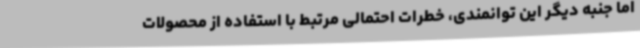
اما جنبه دیگر این توانمندی، خطرات احتمالی مرتبط با استفاده از محصولات